Madras plague regulations in force outside the Presidency town - Volume 2
Disease focus: Plague
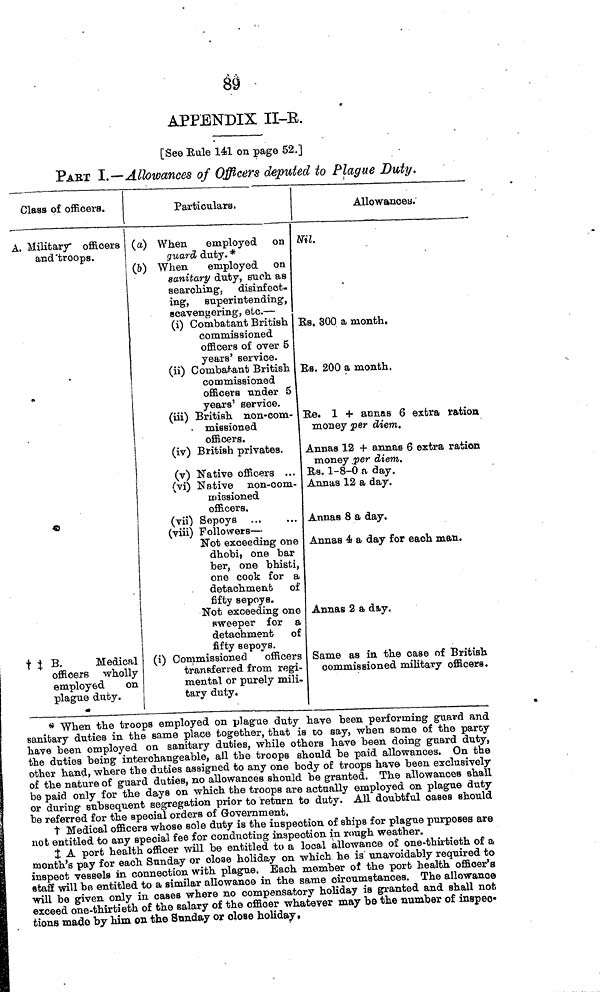
89
APPENDIX II-R.
[See Rule 141 on page 52.]
PART I.—Allowances of Officers deputed to Plague Duty.
Class of officers.
A. Military officers
and troops.
†‡ B.
Medical
officers wholly
employed
on
plague duty.
Particulars.
(a) When employed on
guard duty. *
(b) When employed on
sanitary duty, such, as
searching, disinfect.
ing, superintending,
soavengering, etc. —
(i) Combatant British
commissioned
officers of over 5
years service.
(ii) Combatant British
commissioned
officers under 5
years service.
(iii) British non-com-
missioned
officers.
(iv) British privates.
(v) Native officers ...
(vi) Native non-com
missioned
officers.
(vii) Sepoys
(viii) Followers —
Not exceeding one
dhobi, one bar
ber, one bhisti,
one cook for a
detachment
fifty sepoys.
Not exceeding one
sweeper for a
detachment of
fifty sepoys.
(i) Commissioned officers
transferred from regi-
mental or purely mili-
tary duty.
Allowances
Nil.
Rs. 300 a month.
Rs. 200 a month.
Rs. 1 + annas 6 extra ration
money per diem.
Annas 12 + annas 6 extra ration
money per diem.
Rs. 1-8-0 a day.
Annas 12 a day.
Annas 8 a day.
Annas 4 a day for each man.
Annas 2 a day.
Same as in the case of British
commissioned military officers.
* When the troops employed on plague duty have been performing guard and
sanitary duties in the same place together, that is to say, when some of the party
have been employed on sanitary duties, while others have been doing guard duty,
the duties being interchangeable, all the troops should be paid allowances. On the
other hand, where the duties assigned to any one body of troops have been exclusively
of the nature of guard duties, no allowances should be granted. The allowances shall
be paid only for the days on which the troops are actually employed on plague duty
or during subsequent segregation prior to return to duty. All doubtful cases should
be referred for the special orders of Government,
† Medical officers whose sole duty is the inspection of ships for plague purposes are
not entitled to any special fee for conducting inspection in rough weather.
‡ A port health officer will be entitled to a local allowance of one-thirtieth of a
month's pay for each Sunday or close holiday on which he is unavoidably required to
inspect vessels in connection with plague. Each member of the port health officer's
staff will be entitled to a similar allowance in the same circumstances. The allowance
will be given only in cases where no compensatory holiday is granted and shall not
exceed one-thirtieth of the salary of the officer whatever may be the number of inspec-
tions made by him on the Sunday or close holiday.